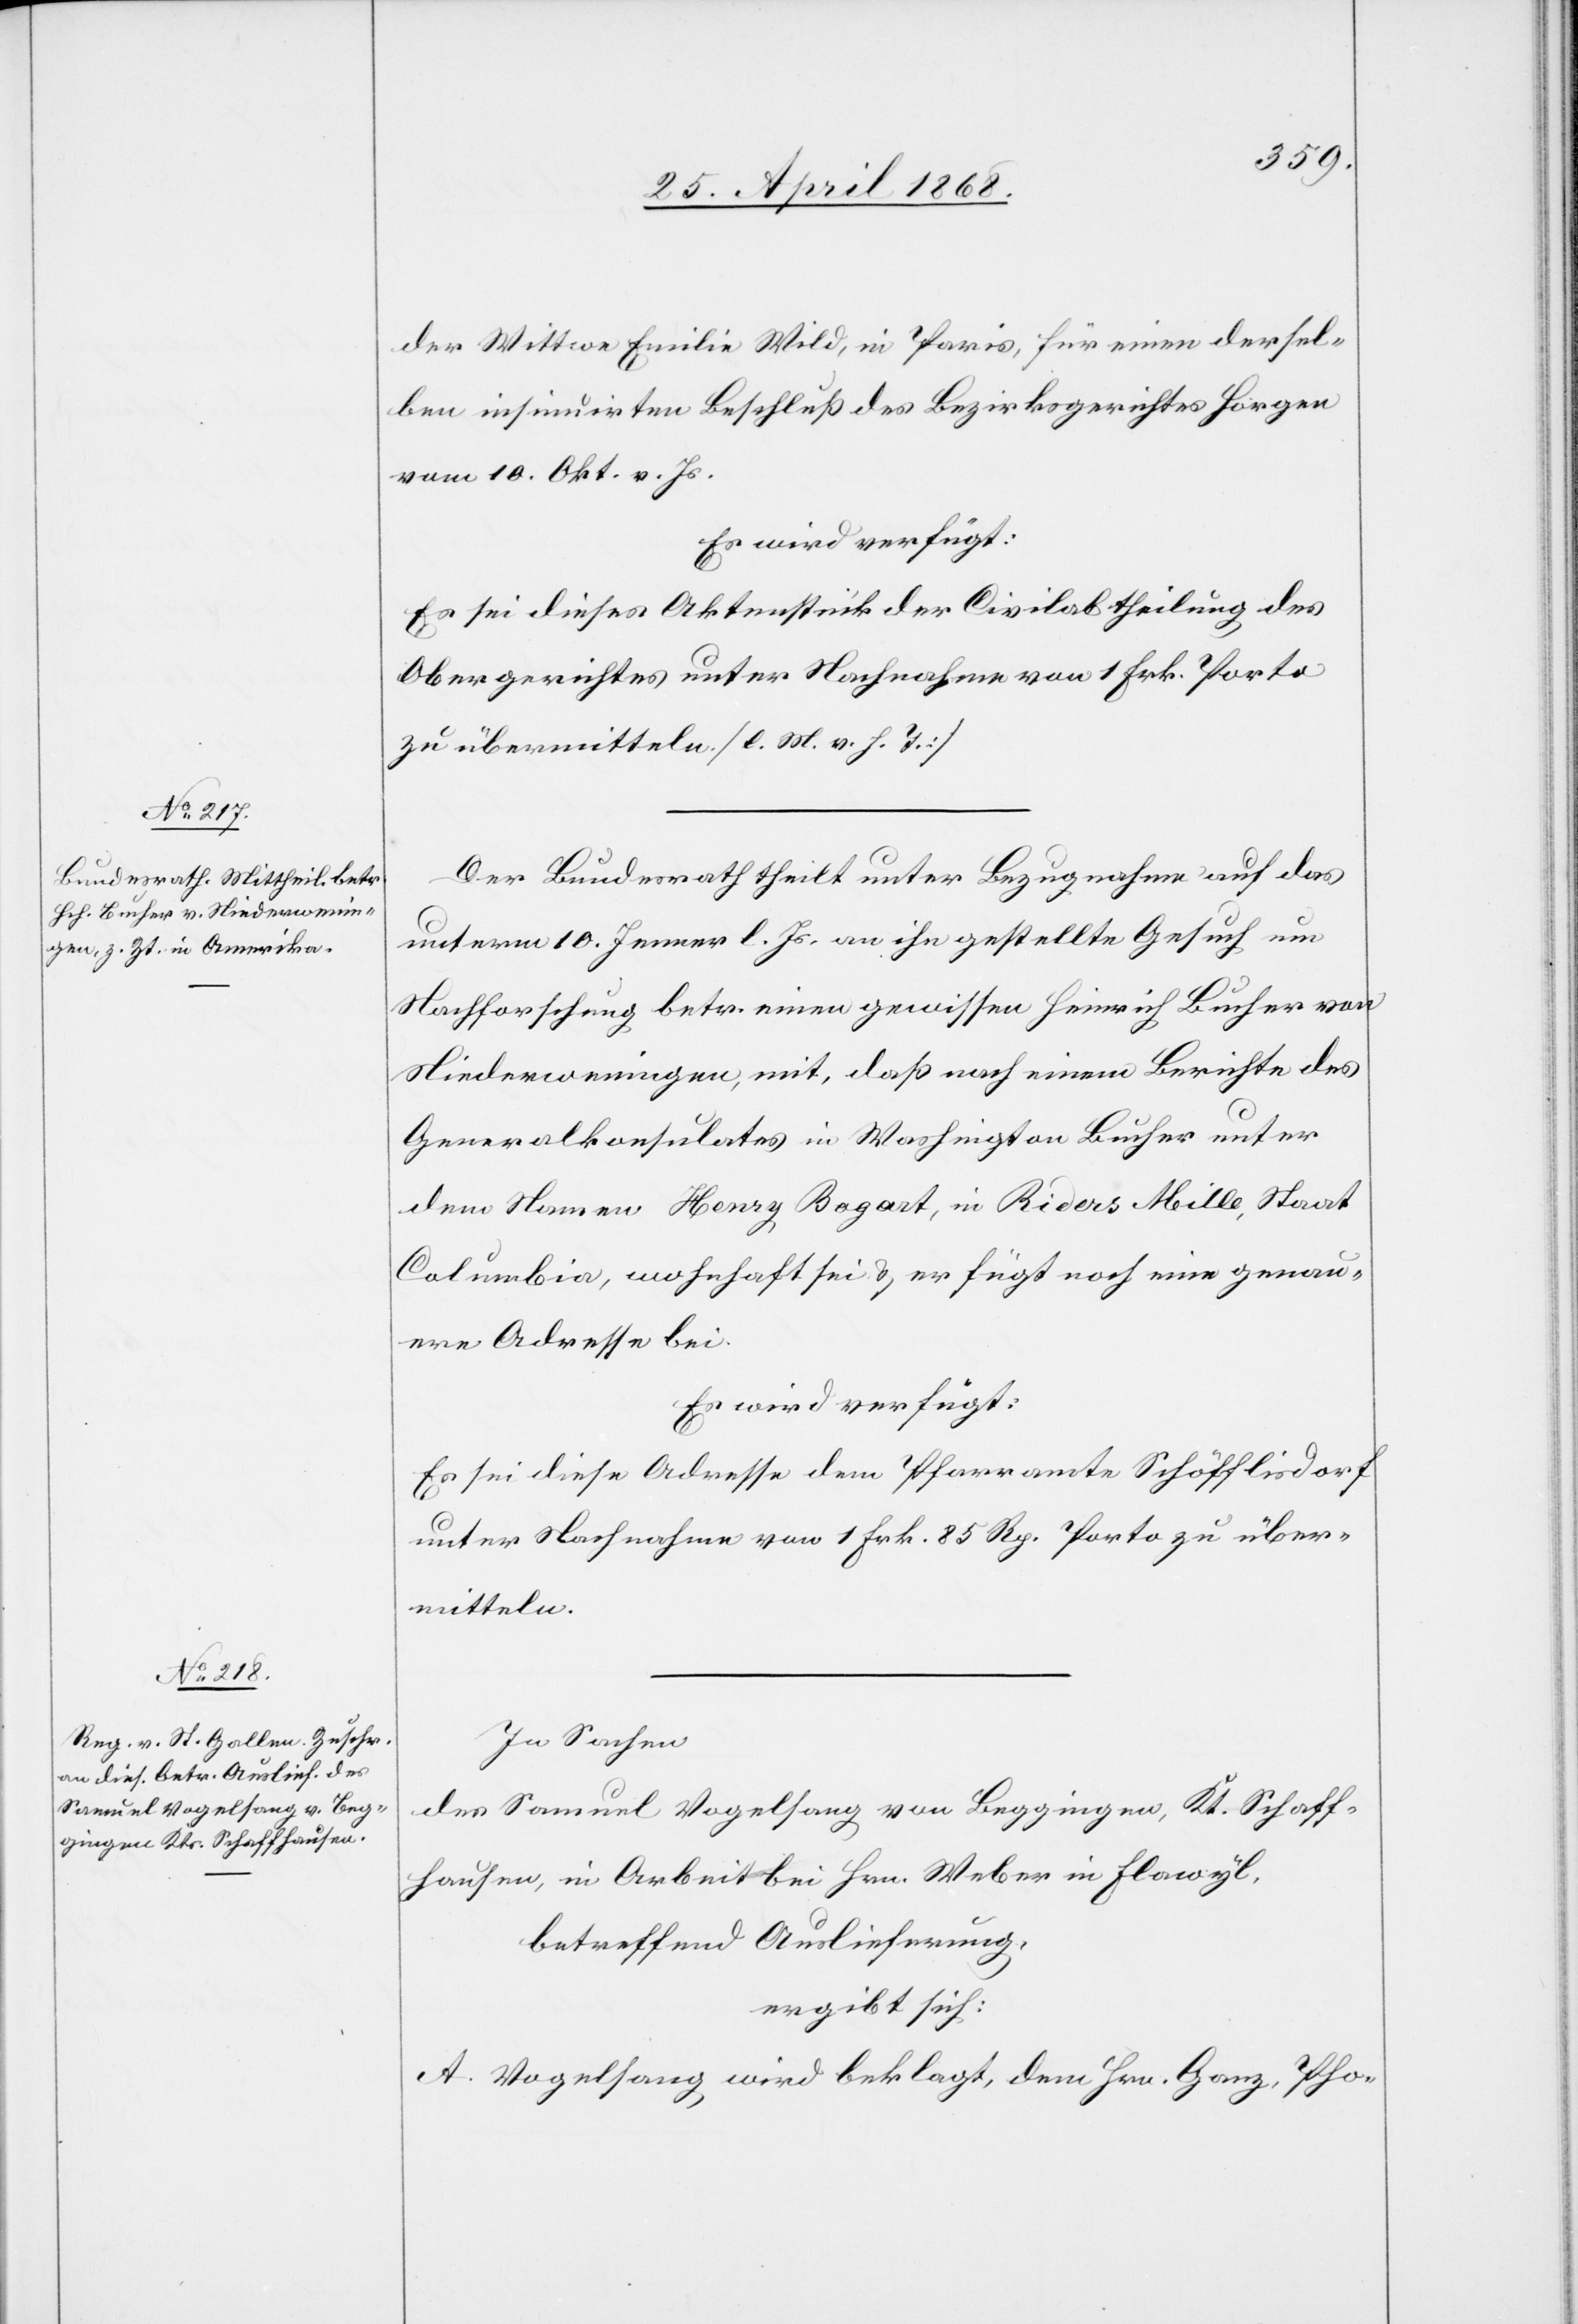
29. April 1868.]
der Wittwe Emilie Wild, in Paris, für einen dersel¬
ben insinuirten Beschluß des Bezirksgerichtes Horgen
vom 10. Okt. v. Js.
Es wird verfügt:
Es sei dieses Aktenstück der Civilabtheilung des
Obergerichtes unter Nachnahme von 1 Frk. Porto
zu übermitteln. [l. M. v. h. T.]
Der Bundesrath theilt unter Bezugnahme auf das
unterm 10. Jenner l. Js. an ihn gestellte Gesuch um
Nachforschung betr. einen gewissen Heinrich Bucher von
Niederweningen, mit, daß nach einem Berichte des
Generalkonsulates in Washington Bucher unter
dem Namen Henry Bogart, in Riders Mille, Staat
Columbia, wohnhaft sei & er fügt noch eine genau¬
ere Adresse bei.
Es wird verfügt:
Es sei diese Adresse dem Pfarramte Schöfflisdorf
unter Nachnahme von 1 Frk. 85 Rp. Porto zu über¬
mitteln.
In Sachen
des Samuel Vogelsang von Beggingen, Kt. Schaff¬
hausen, in Arbeit bei Hrn. Weber in Flawyl,
betreffend Auslieferung,
ergibt sich:
A. Vogelsang wird beklagt, dem Hrn. Ganz, Pho-